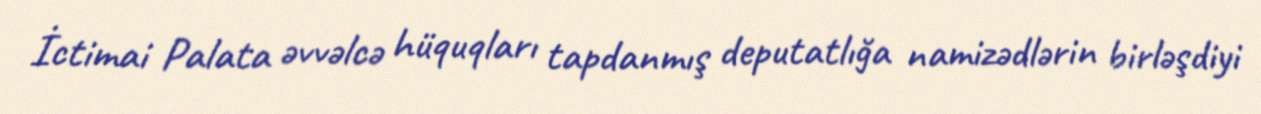
İctimai Palata əvvəlcə hüquqları tapdanmış deputatlığa namizədlərin birləşdiyi